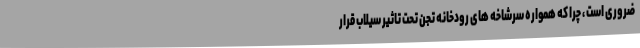
ضروری است ، چرا که همواره سرشاخه های رودخانه تجن تحت تاثیر سیلاب قرار